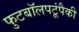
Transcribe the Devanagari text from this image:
फुटबॉलपटूंपैकी